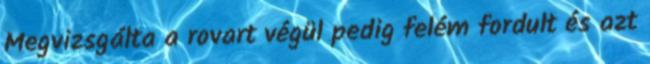
Megvizsgálta a rovart végül pedig felém fordult és azt